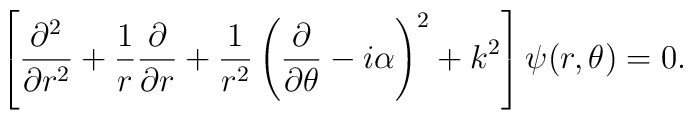
\left[{\partial^2\over \partial r^2}+{1\over r}{\partial\over \partial r} +{1\over r^2}\left({\partial\over\partial\theta}-i\alpha\right)^2 +k^2\right]\psi(r,\theta)=0.